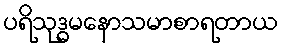
ပရိသုဒ္ဓမနောသမာစာရတာယ